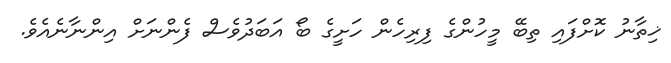
ޚިތާނު ކޮށްފައި ތިބޭ މީހުންގެ ފިރިހެން ހަށީގެ ބޯ އަބަދުވެސް ފެންނަށް އިންނާނެއެވެ.